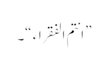
” انتم الفقراء “۔